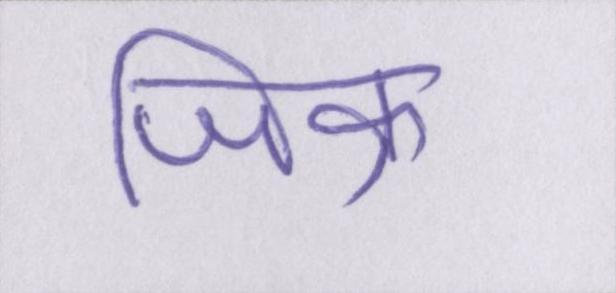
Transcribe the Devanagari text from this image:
जिक्र